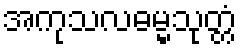
အကုသလဓမ္မသုတ္တံ